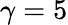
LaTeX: \gamma=5